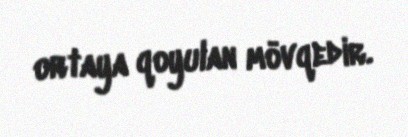
ortaya qoyulan mövqedir.